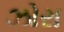
ઝોરા